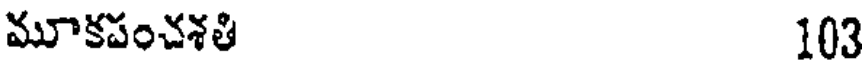
మూకపంచశతి 103